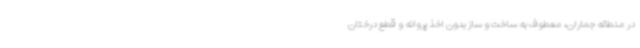
در منطقه جماران، معطوف به ساخت و ساز بدون اخذ پروانه و قطع درختان